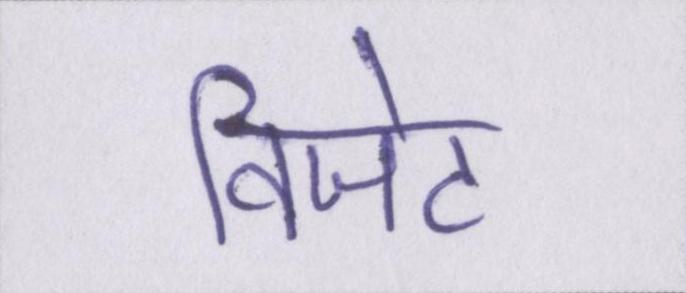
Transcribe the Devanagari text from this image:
विजेट